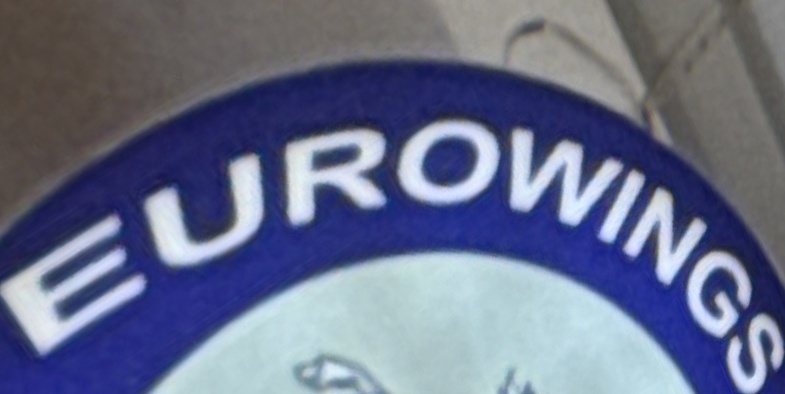
EUROWINGS